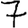
Digit: 7